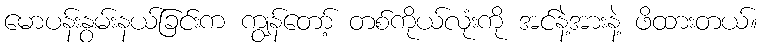
မောပန်းနွမ်းနယ်ခြင်းက ကျွန်တော့် တစ်ကိုယ်လုံးကို အင်နဲ့အားနဲ့ ဖိထားတယ်။